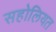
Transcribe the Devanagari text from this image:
सहोलियत